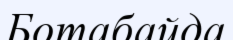
Ботабайда